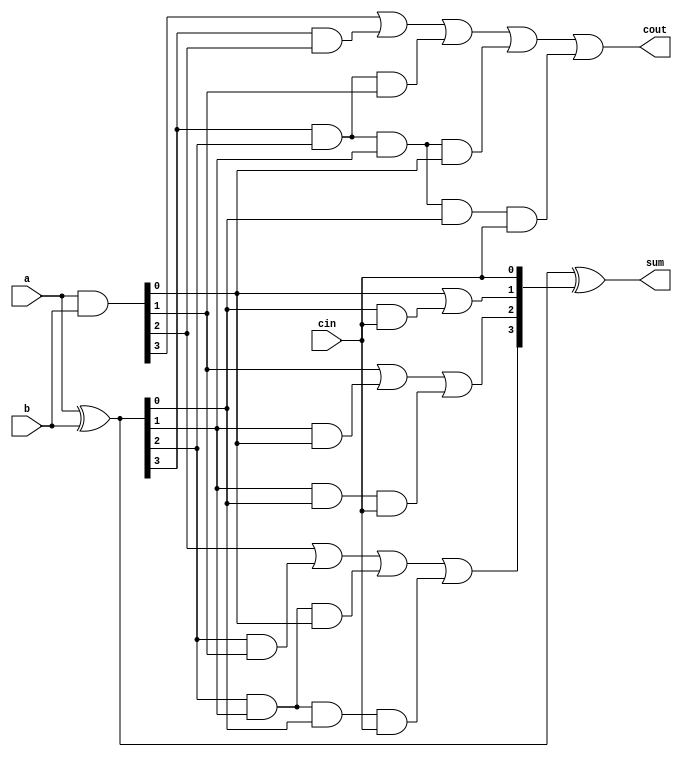
module carry_look_ahead_4bit(a,b, cin, sum,cout);
input [3:0] a,b;
input cin;
output [3:0] sum;
output cout;
 
wire [3:0] p,g,c;
 
assign p=a^b;
assign g=a&b;

assign c[0]=cin;
assign c[1]= g[0]|(p[0]&c[0]);
assign c[2]= g[1] | (p[1]&g[0]) | p[1]&p[0]&c[0];
assign c[3]= g[2] | (p[2]&g[1]) | p[2]&p[1]&g[0] | p[2]&p[1]&p[0]&c[0];
assign cout= g[3] | (p[3]&g[2]) | p[3]&p[2]&g[1] | p[3]&p[2]&p[1]&g[0] | p[3]&p[2]&p[1]&p[0]&c[0];
assign sum=p^c;
 
endmodule

module carry_look_ahead_8bit(a,b, cin, sum,cout);
input [7:0] a,b;
input cin;
output [7:0] sum;
output cout;
wire c1,c2;
 
carry_look_ahead_4bit cla1 (.a(a[3:0]), .b(b[3:0]), .cin(cin), .sum(sum[3:0]), .cout(c1));
carry_look_ahead_4bit cla2 (.a(a[7:4]), .b(b[7:4]), .cin(c1), .sum(sum[7:4]), .cout(cout));
 
endmodule